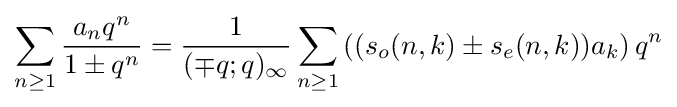
\sum _{n\geq 1}{\frac {a_{n}q^{n}}{1\pm q^{n}}}={\frac {1}{(\mp q;q)_{\infty }}}\sum _{n\geq 1}\left((s_{o}(n,k)\pm s_{e}(n,k))a_{k}\right)q^{n}